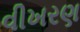
વીખરણ